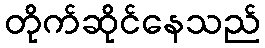
တိုက်ဆိုင်နေသည်